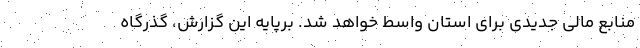
منابع مالی جدیدی برای استان واسط خواهد شد. برپایه این گزارش، گذرگاه